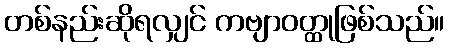
တစ်နည်းဆိုရလျှင် ကဗျာဝတ္ထုဖြစ်သည်။